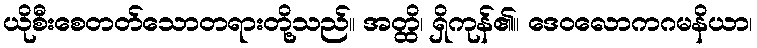
ယိုစီးစေတတ်သောတရားတို့သည်။ အတ္ထိ၊ ရှိကုန်၏။ ဒေဝလောကဂမနိယာ၊